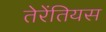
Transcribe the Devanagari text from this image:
तेरेंतियस